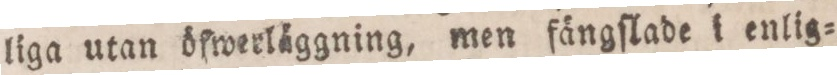
liga utan öfwerläggning, men fängſlade i enlig=